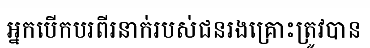
អ្នកបើកបរពីរនាក់របស់ជនរងគ្រោះត្រូវបាន